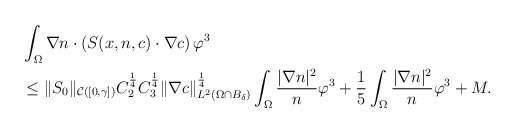
\begin{align*}\begin{aligned}&\int_{\Omega} \nabla n \cdot (S(x,n,c) \cdot \nabla c ) \,\varphi^{3}\\&\le \|S_{0}\|_{\mathcal{C}([0,\gamma])}C_{2}^{\frac{1}{4}}C_{3}^{\frac{1}{4}} \|\nabla c\|_{L^{2}(\Omega\cap B_{\delta})}^{\frac{1}{4}} \int_{\Omega} \frac{|\nabla n|^{2}}{n}\varphi^{3} +\frac{1}{5} \int_{\Omega} \frac{|\nabla n|^{2}}{n}\varphi^{3} +M.\end{aligned}\end{align*}